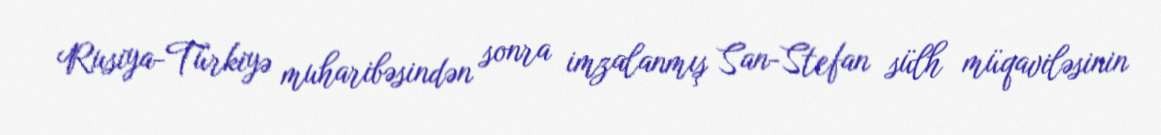
Rusiya-Türkiyə muharibəsindən sonra imzalanmış San-Stefan sülh müqaviləsinin